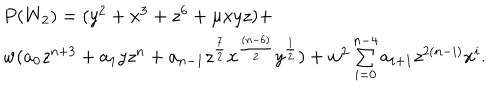
\begin{array} { l c r } { { P ( W _ { 2 } ) = ( y ^ { 2 } + x ^ { 3 } + z ^ { 6 } + \mu x y z ) + } } \\ { { w ( a _ { 0 } z ^ { n + 3 } + a _ { 1 } y z ^ { n } + a _ { n - 1 } z ^ { { \frac { 7 } { 2 } } } x ^ { { \frac { ( n - 6 ) } { 2 } } } y ^ { { \frac { 1 } { 2 } } } ) + w ^ { 2 } \sum _ { i = 0 } ^ { n - 4 } a _ { i + 1 } z ^ { 2 ( n - i ) } x ^ { i } . } } \\ \end{array}